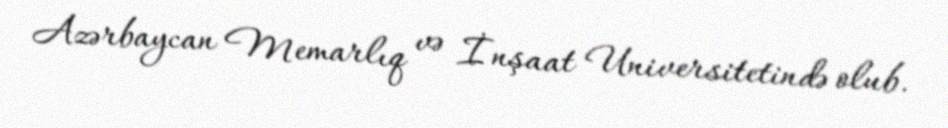
Azərbaycan Memarlıq və İnşaat Universitetində olub.